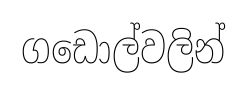
ගඩොල්වලින්